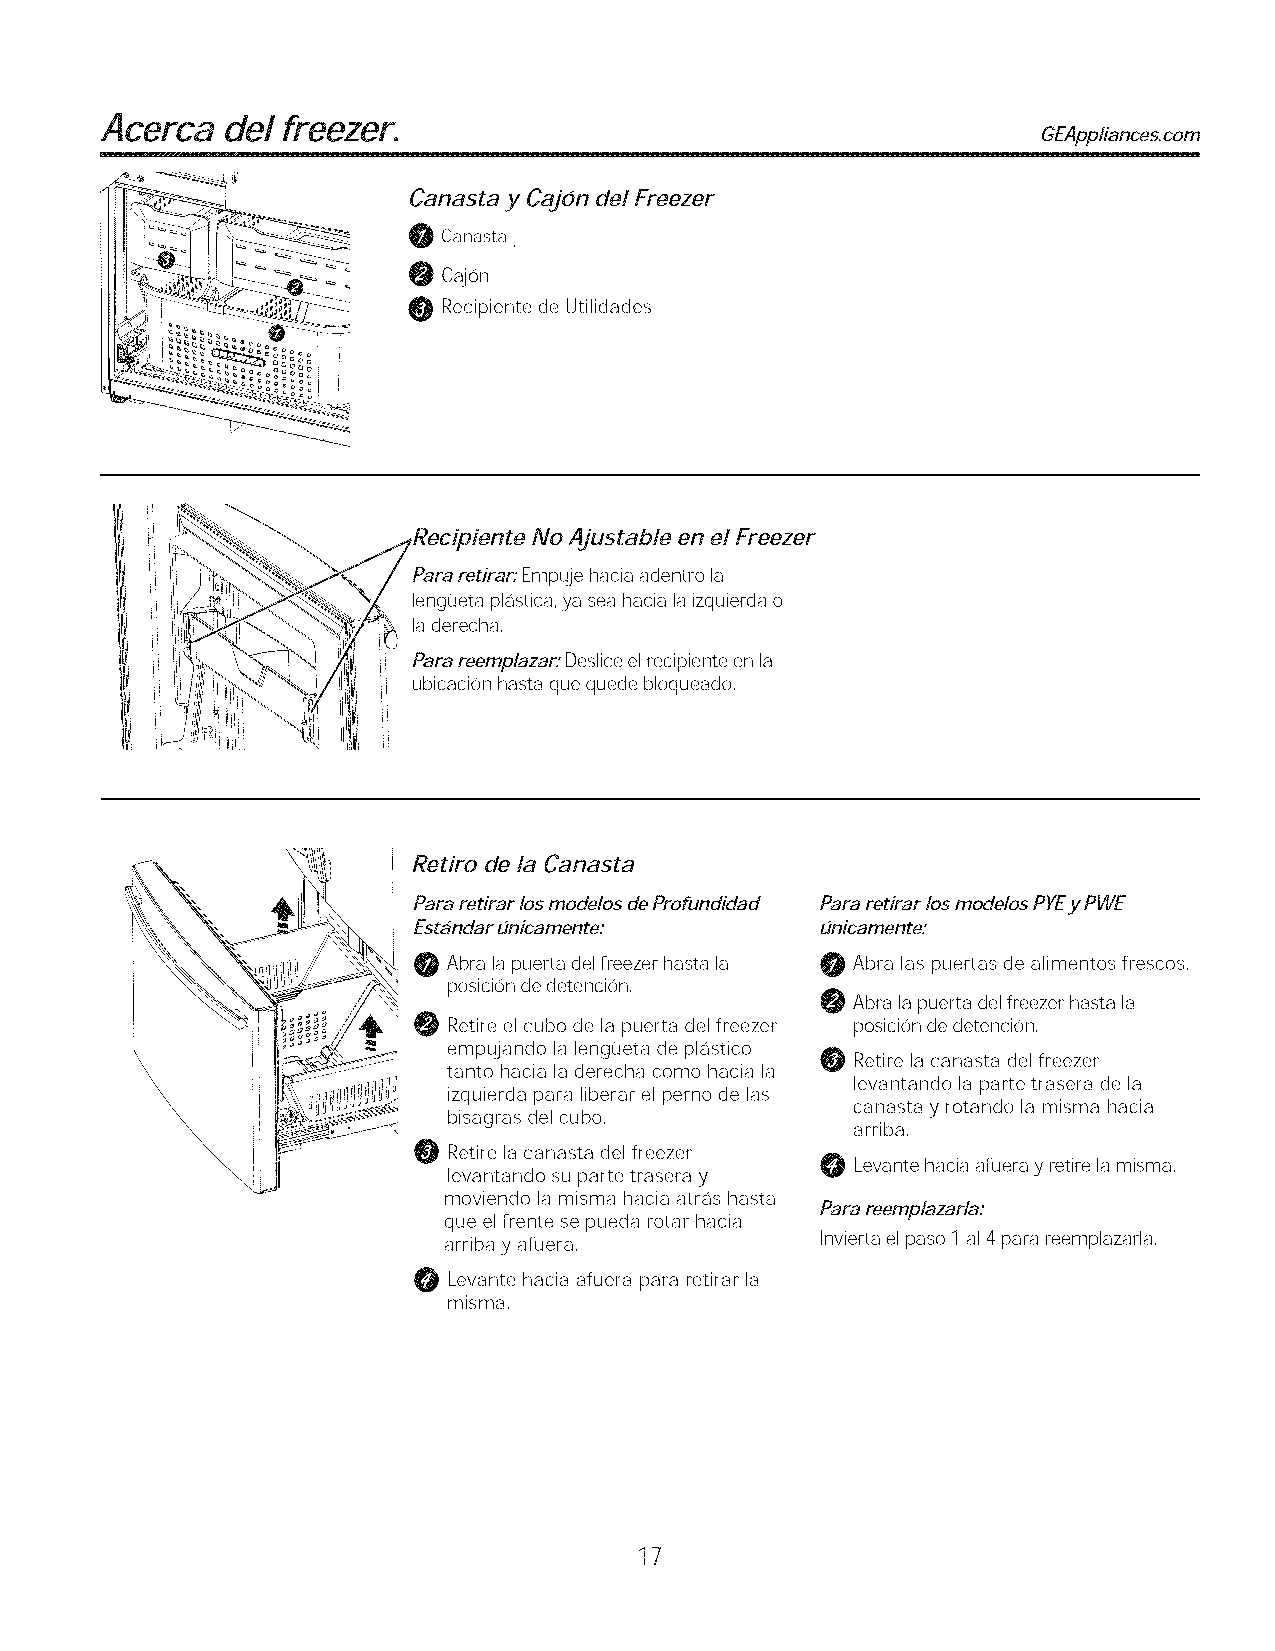
Acerca  del freezer.
 GEAppliances.com
 Canasta y Cajon del Freezer
 0 Canasta
 0 Cajon
 0 Recipiente de Utilidades
 No Ajustable en el Freezer
 Para retirar: Empuje hacia adentro la
 lengL]eta plastica, ya sea hacia laizquierda o
 laderecha,
 Para reemp/azar: Deslice elrecipiente en la
 ubicacion hasta que quede bloqueado,
 Retiro de la Canasta
 Para retirar los modelos de Profundidad Para retirar los modelos PFEy PWE
 Estandar unicamente:       unicamente:
 Abra la puerta del freezer hasta la Abra las puertas de alimentos frescos,
 posicion de detencion,
 Abra lapuerta del freezer basra la
 Retire el cubo de la puerta del freezer posicion de detencion,
 empujando la lengL]eta de plastico
 Retire la canasta del freezer
 tanto hacia la derecha como hacia la
 levantando la parte trasera de la
 izquierda para liberar el perno de las
 canasta y rotando la misma hacia
 \                 bisagras del cubo,
 \                                           arriba,
 0
 Retire la canasta del freezer
 Levante hacia afuera y retire la misma,
 \              levantando su parte trasera y
 moviendo la misma hacia arras basra
 Para reemp/azarla:
 que elfrente se pueda rotar hacia
 arriba y afuera,         Invierta el paso 1al4para reemplazarla,
 O  Levante hacia afuera para retirar la
 misma,
 17